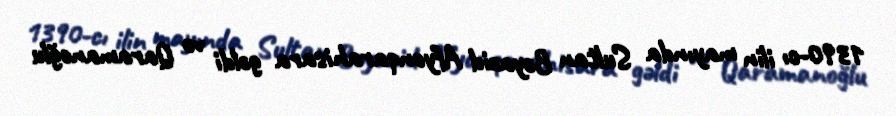
1390-cı ilin mayında Sultan Bəyazid Afyonqarahisara gəldi və Qaramanoğlu